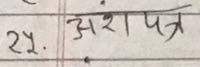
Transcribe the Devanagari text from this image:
२५. अंशपत्र